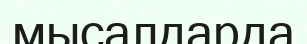
мысалдарда